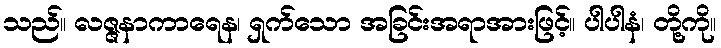
သည်။ လဇ္ဇနာကာရေန၊ ရှက်သော အခြင်းအရာအားဖြင့်။ ပါပါနံ၊ တို့ကို။